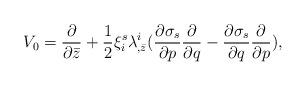
LaTeX: \begin{align*}V_0 = {\partial \over \partial \bar z} + {1\over 2} \xi^s_i\lambda^i_{,\bar z}({\partial \sigma_s \over \partial p}{\partial \over \partial q} - {\partial \sigma_s \over \partial q}{\partial \over \partial p}),\end{align*}